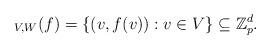
LaTeX: \begin{align*}_{V,W}(f) = \{ (v,f(v)) : v \in V\} \subseteq \mathbb{Z}_p^d. \end{align*}